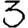
Digit: 3